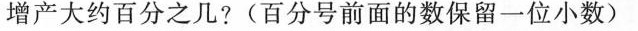
增产大约百分之几?(百分号前面的数保留一位小数)